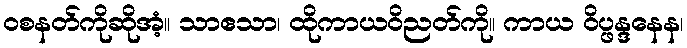
ဝစနတ်ကိုဆိုအံ့။ သာဧသာ၊ ထိုကာယဝိညတ်ကို။ ကာယ ဝိပ္ဖန္ဒနေန၊